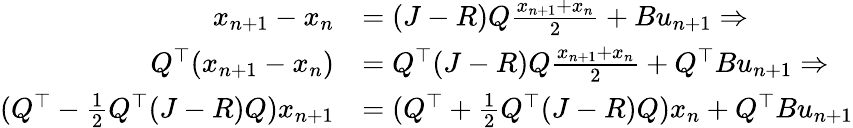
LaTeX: \begin{array}{rl}{x_{n+1}-x_{n}}&{=(J-R)Q\frac{x_{n+1}+x_{n}}{2}+Bu_{n+1}\Rightarrow}\\ {Q^{\top}(x_{n+1}-x_{n})}&{=Q^{\top}(J-R)Q\frac{x_{n+1}+x_{n}}{2}+Q^{\top}Bu_{n+1}\Rightarrow}\\ {(Q^{\top}-\frac{1}{2}Q^{\top}(J-R)Q)x_{n+1}}&{=(Q^{\top}+\frac{1}{2}Q^{\top}(J-R)Q)x_{n}+Q^{\top}Bu_{n+1}}\end{array}